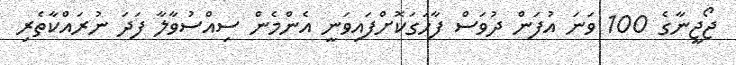
ޖޯޖީނާގެ 100 ވަނަ އުފަން ދުވަސް ފާހަގަކޮށްފައިވަނީ އެންމެން ސިއްސުވާލާ ފަދަ ނުރައްކާތެރި